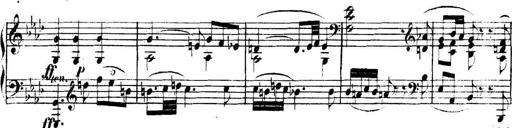
Title: Collected Piano Sonatas
Composer: Muzio Clementi